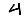
Digit: 4